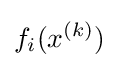
f_{i}(x^{(k)})